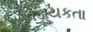
લડાયકતા